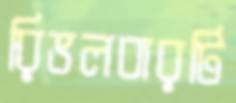
রিভলবারটি